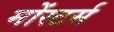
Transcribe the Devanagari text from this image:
मोंस्टर्स